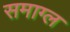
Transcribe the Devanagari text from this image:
समाग्ल